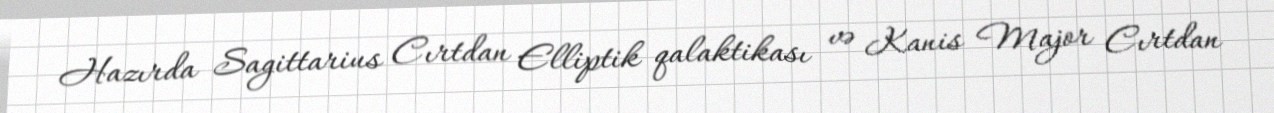
Hazırda Sagittarius Cırtdan Elliptik qalaktikası və Kanis Major Cırtdan